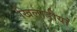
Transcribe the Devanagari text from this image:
खिलाड़ीयां